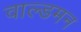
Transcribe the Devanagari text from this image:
वाल्डमन